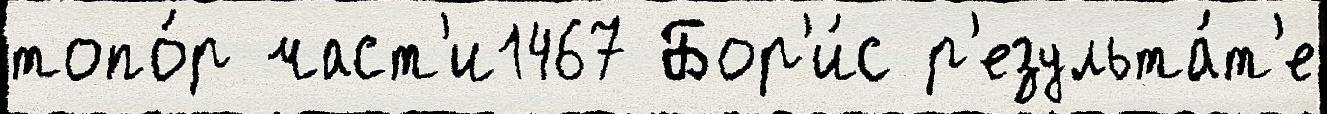
топо́р част'и1467 Бор'и́с р'езульта́т'е